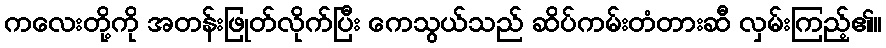
ကလေးတို့ကို အတန်းဖြုတ်လိုက်ပြီး ကေသွယ်သည် ဆိပ်ကမ်းတံတားဆီ လှမ်းကြည့်၏။